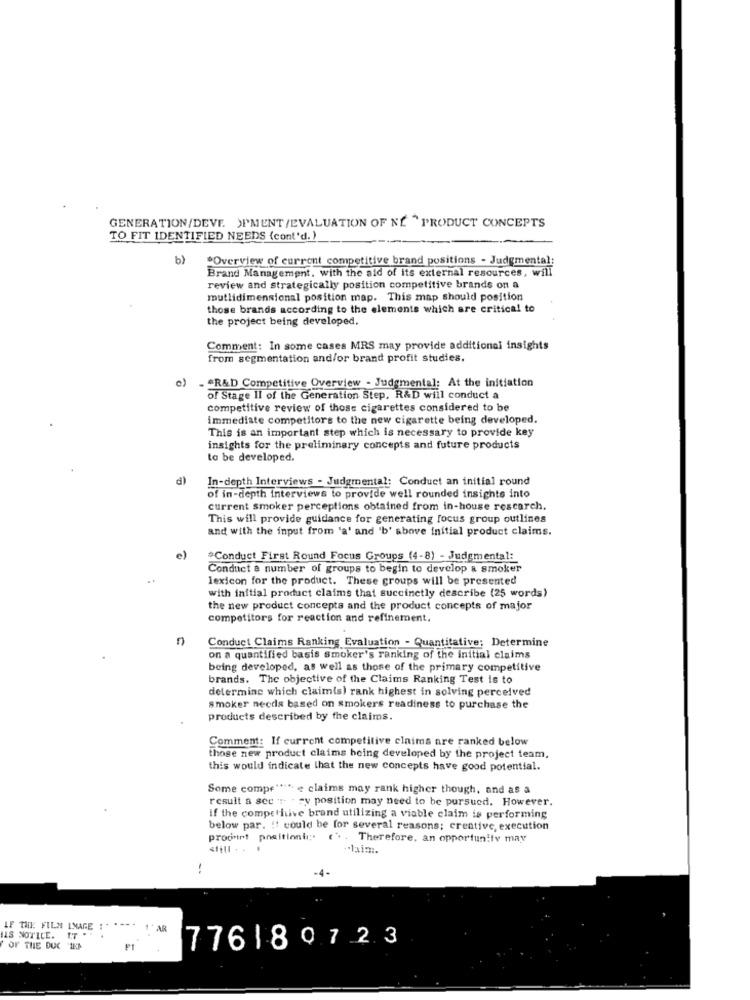
GENERATION/DEVE JPMENT /EVALUATION OF NE " PRODUCT CONCEPTS
TO FIT IDENTIFIED NEEDS (cont'd. )
b)
"Overview of current competitive brand positions - Judgmental:
Brand Management, with the aid of its external resources, will
review and strategically position competitive brands on a
mutlidimensional position map. This map should position
those brands according to the elements which are critical to
the project being developed.
Comment: In some cases MRS may provide additional insights
from segmentation and/or brand profit studies.
. "R&D Competitive Overview - Judgmental: At the initiation
of Stage II of the Generation Step, R&D will conduct a
competitive review of those cigarettes considered to be
immediate competitors to the new cigarette being developed.
This is an important step which is necessary to provide key
insights for the preliminary concepts and future products
to be developed.
In-depth Interviews - Judgmental: Conduct an initial round
of in-depth interviews to provide well rounded insights into
current smoker perceptions obtained from in-house rescarch.
This will provide guidance for generating focus group outlines
and with the input from 'a' and 'b' above initial product claims.
e)
*Conduct First Round Focus Groups (4-8) - Judgmental:
Conduct a number of groups to begin to develop a smoker
lexicon for the product. These groups will be presented
with initial product claims that succinctly describe (25 words)
the new product concepts and the product concepts of major
competitors for reaction and refinement.
n
Conduct Claims Ranking Evaluation - Quantitative: Determine
on a quantified basis smoker's ranking of the initial claims
being developed, as well as those of the primary competitive
brands. The objective of the Claims Ranking Test is to
determine which claimis) rank highest in solving perceived
smoker needs based on smokers readiness to purchase the
products described by the claims.
Comment: If current competitive claims are ranked below
those new product claims being developed by the project team,
this would indicate that the new concepts have good potential.
Some compr" *** e claims may rank higher though, and as a
result a sec :: - cy position may need to be pursued. However.
if the competitive brand utilizing a viable claim is performing
below par. it could be for several reasons; creative, execution
proourt positioni ;. . . Therefore, an opportunity may
still . . .
-
-4-
. ---.
F TI: FILM IMAGE :
1' AR
IS NOTICE. IT . "
OF THE DUC 1ET
776180723